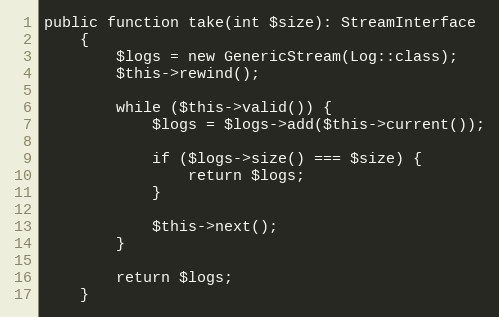
Language: PHP
public function take(int $size): StreamInterface
    {
        $logs = new GenericStream(Log::class);
        $this->rewind();

        while ($this->valid()) {
            $logs = $logs->add($this->current());

            if ($logs->size() === $size) {
                return $logs;
            }

            $this->next();
        }

        return $logs;
    }